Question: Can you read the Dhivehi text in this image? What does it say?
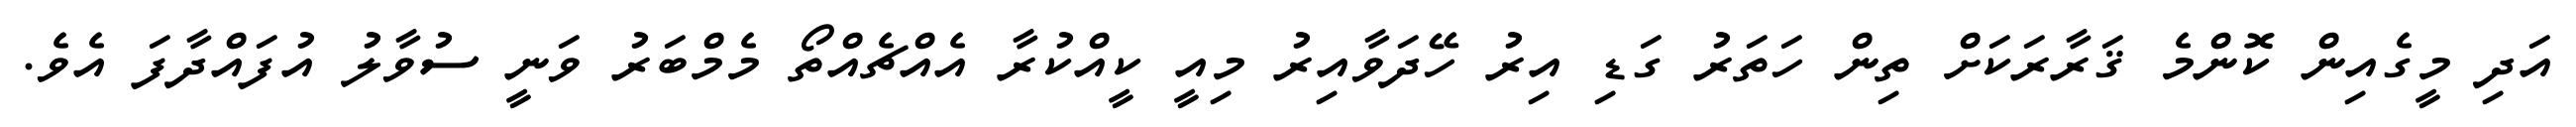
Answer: އަދި މީގެއިން ކޮންމެ ޤަރާރަކަށް ތިން ހަތަރު ގަޑި އިރު ހޭދަވާއިރު މިއީ ކީއްކުރާ އެއްޗެއްތޯ މެމްބަރު ވަނީ ސުވާލު އުފައްދާފަ އެވެ.